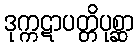
ဒုက္ကဋာပတ္တိပုစ္ဆာ